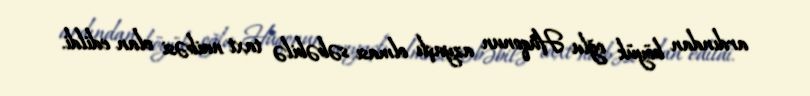
ardından böyük oğlu Hüqonun azyaşlı olması səbəbilə taxt naibəsi elan edildi.